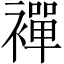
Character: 襌